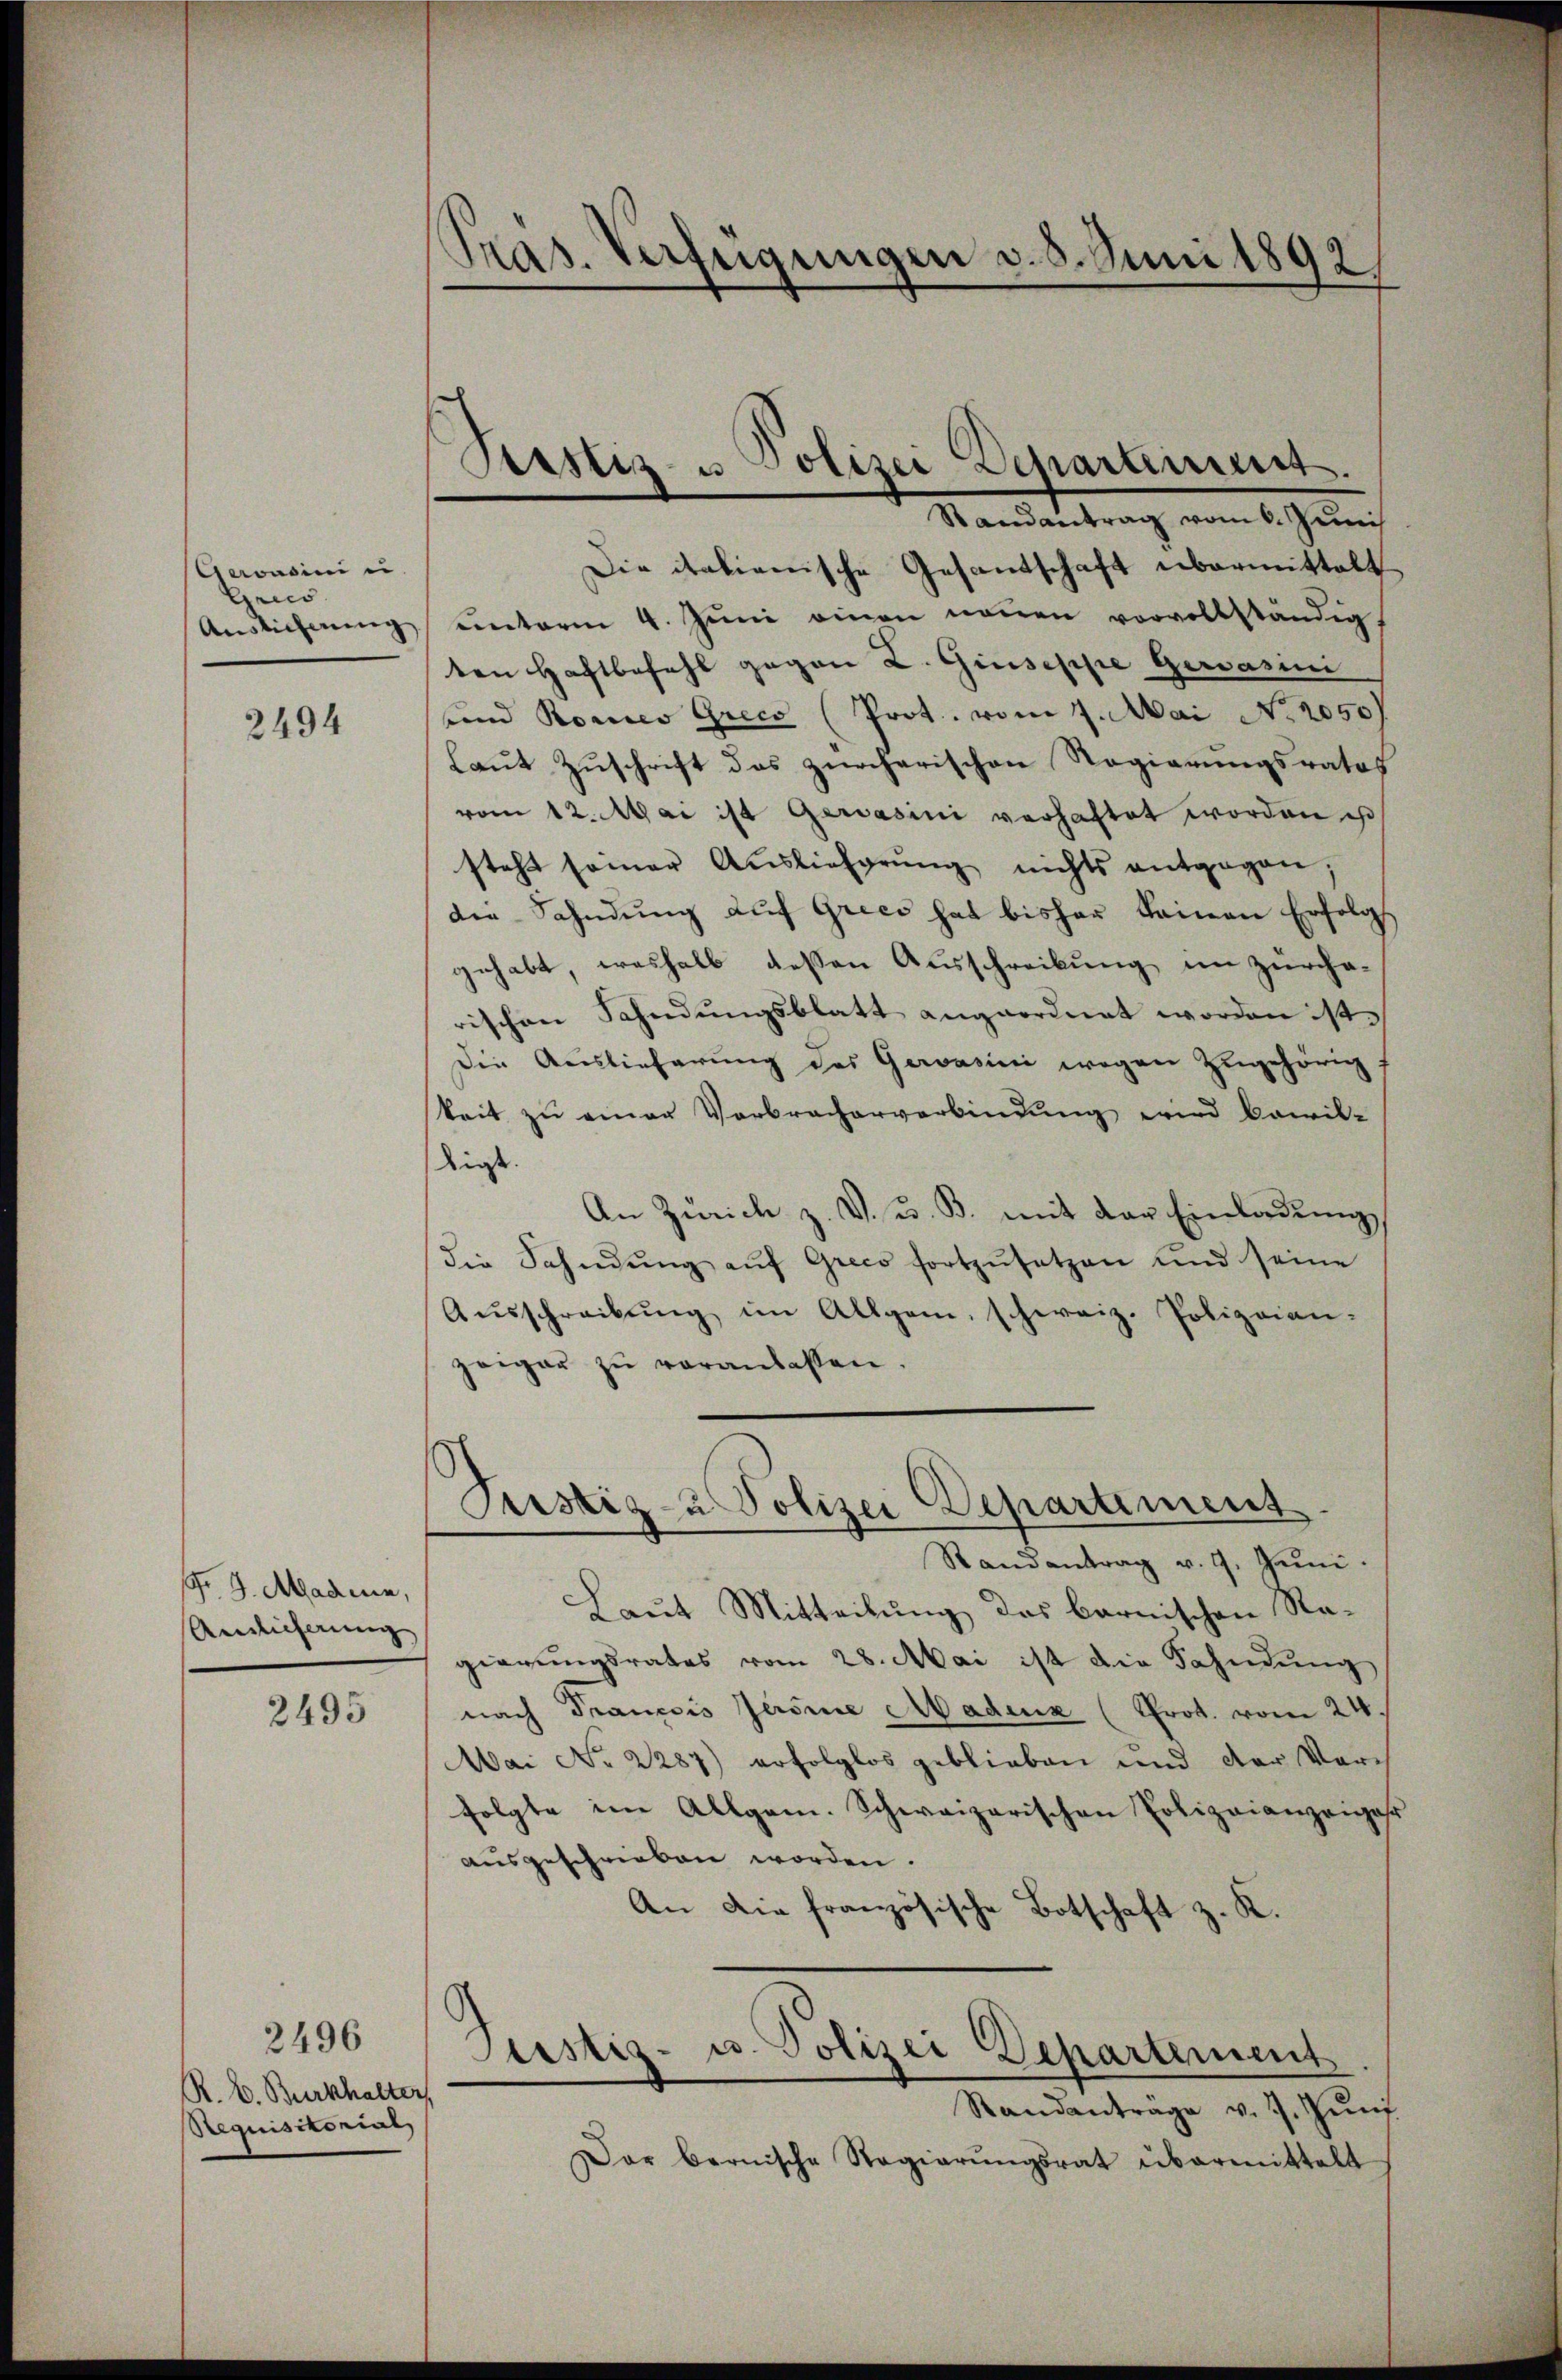
Gerasin ei
Grics.
Auslieferung

2494

Fr. G. Magen,
Andlicherung

2495

2496
R. E. Burkhalter,
Requisitorial

Pras. Verfügungen v. 8. Juni 1892/

Tristiz- u Polizei Deparament.

Randantrag vom 6. Juni
Die italienische Gesantschaft übermittelt
ŭnterm 4. Jŭni einen neŭen vorvollständig,
ten Haftbefehl gegen L. Giuseppe Gerarii
und Rones Grico (Prot. vom 7. Mai No 2050).
laŭt Zŭschrift das zürcherischen Regierŭngsrates
vom 12. Mai ist gerasini verhaftet worden ist
steht seiner Aŭslieferŭng nichts entgegen,
die Fahndŭng aŭf Gries hat bisher keinen Erfolgs
gehabt, weshalb dessen Ausschreibung im Zürcherischen Schndŭngsblatt angeordnet worden ist.
Die Auslieferŭng des Gewasini wegen Zugehörig
keit zu einer Verbracherverbindung wird bewil-
ligt.
An Zürich z. B. u. B. mit der Einladung,
die Sahndŭng aŭf Greco fortzŭsetzen und seine
Aŭsschreibŭng im Allgem. schweiz. Polizeian.
zeiger zŭ veranlassen.
Justiz- u Polizei Departement
Randantrag v. 9. Juni.
Laut Mitteilung des barnischen Ragierŭngsrates vom 28. Mai ist die Fahndŭng
nach Francois Jerome Madenz (Prot. vom 24.
Mai No 2287) erfolglos geblieben und der Vorfolgte im Allgem. Schweizerischen Polizeianzeiger
ausgeschrieben worden.
An die französische Botschaft z. K.
Standantrage v. J. Zünf
Dar bernische Regierŭngsrat übermittelt

Justiz- u. Polizei Departement